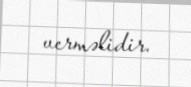
verməlidir.